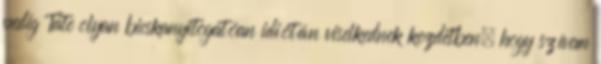
pedig Tate olyan bicskanyitogatóan idiótán viselkednek kezdetben, hogy szívem